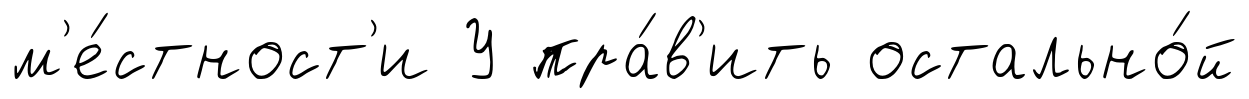
м'е́стност'и У пра́в'ить остально́й